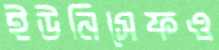
ইউনিসেফও